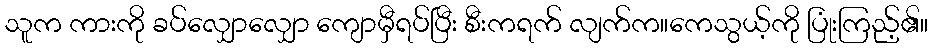
သူက ကားကို ခပ်လျှောလျှော ကျောမှီရပ်ပြီး စီးကရက် လျက်က။ကေသွယ့်ကို ပြုံးကြည့်၏။